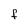
Character: f